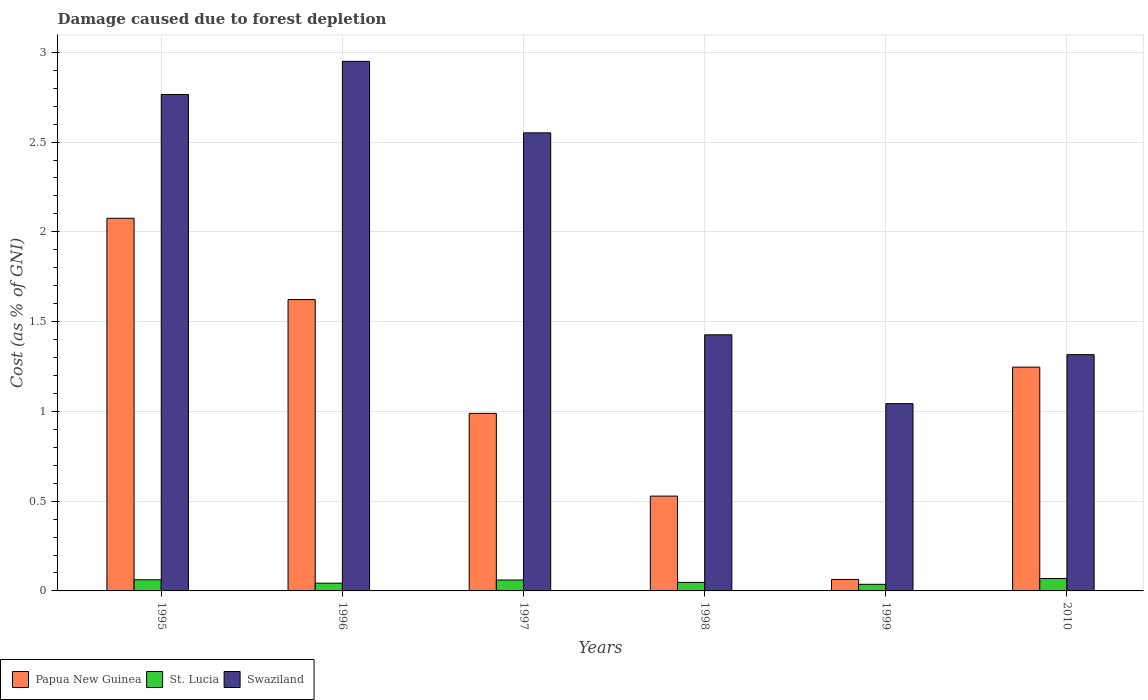
| Years | Papua New Guinea | St. Lucia | Swaziland |
 | --- | --- | --- | --- |
 | 1995 | 2.08 | 0.0622 | 2.77 |
 | 1996 | 1.62 | 0.0431 | 2.95 |
 | 1997 | 0.989 | 0.0607 | 2.55 |
 | 1998 | 0.528 | 0.0476 | 1.43 |
 | 1999 | 0.0639 | 0.0367 | 1.04 |
 | 2010 | 1.25 | 0.0693 | 1.32 |